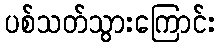
ပစ်သတ်သွားကြောင်း